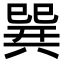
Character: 𢁌